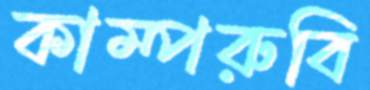
কাম্পরুবি